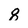
Character: 8